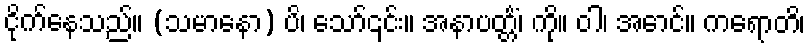
ငိုက်နေသည်။ (သမာနော) ပိ၊ သော်၎င်း။ အနာပတ္တိံ၊ ကို။ ဝါ၊ အောင်။ ကရောတိ၊